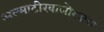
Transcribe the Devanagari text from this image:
अल्माटीखालोखाल